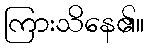
ကြားသိနေ၏။